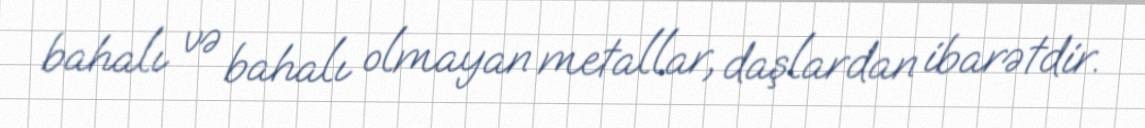
bahalı və bahalı olmayan metallar, daşlardan ibarətdir.